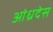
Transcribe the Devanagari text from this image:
आंध्रदेस